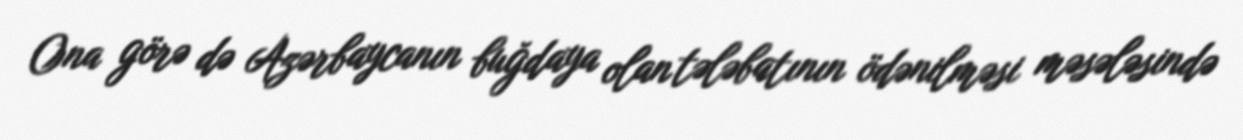
Ona görə də Azərbaycanın buğdaya olan tələbatının ödənilməsi məsələsində